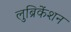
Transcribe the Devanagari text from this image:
लुब्रिकेंशन